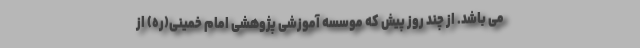
می باشد. از چند روز پیش که موسسه آموزشی پژوهشی امام خمینی(ره) از